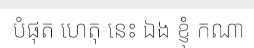
បំផុត ហេតុ នេះ ឯង ខ្ញុំ កណា